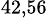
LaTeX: ^{42,56}